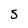
Character: 5